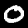
Label: 0